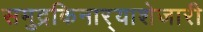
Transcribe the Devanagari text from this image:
समुद्रकिनार्‍याशेजारी